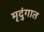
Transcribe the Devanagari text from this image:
मृदुंगात